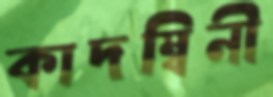
কাদম্বিনী